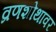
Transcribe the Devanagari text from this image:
व्रणशोथावर